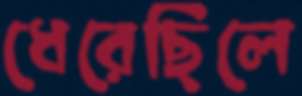
ধেরেছিলে